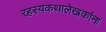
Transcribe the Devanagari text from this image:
रहस्यकथालेखकांना